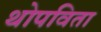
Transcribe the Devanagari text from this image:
थोपविता